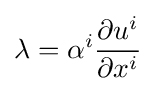
\lambda =\alpha ^{i}{\frac {\partial u^{i}}{\partial x^{i}}}